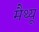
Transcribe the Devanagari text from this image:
मैथ्‍यू